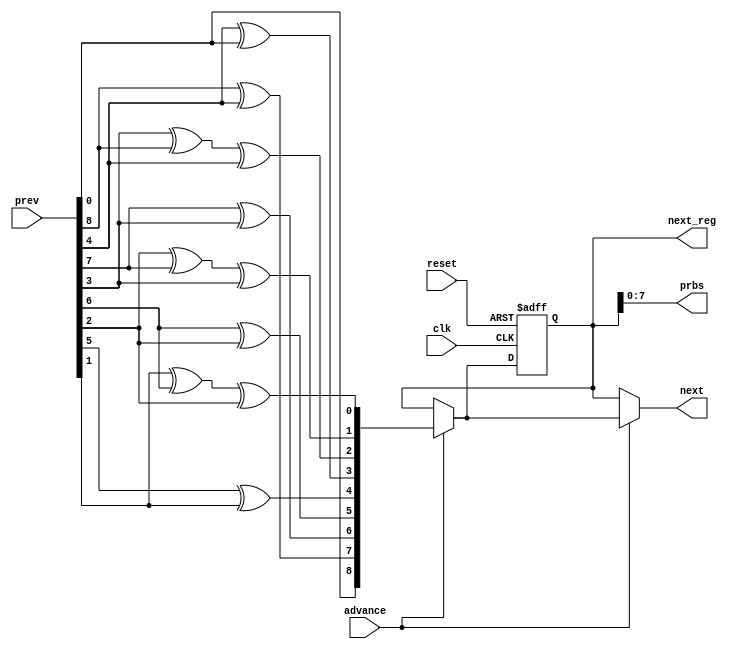
module slink_prbs9(
  input  wire       clk,
  input  wire       reset,
  input  wire       advance,
  input  wire [8:0] prev,
  output wire [8:0] next,
  output wire [8:0] next_reg,
  
  output wire [7:0] prbs
);

reg [8:0]   LFSR;
wire[8:0]   LFSR_in;


always @(posedge clk or posedge reset) begin
  if(reset) begin
    LFSR      <= 9'd0;
  end else begin
    LFSR      <= LFSR_in;
  end
end


assign LFSR_in = advance  ? {prev[0],
                             prev[8] ^ prev[4],
                             prev[7] ^ prev[3],
                             prev[6] ^ prev[2],
                             prev[5] ^ prev[1],
                             prev[4] ^ prev[0],
                             prev[3] ^ prev[8] ^ prev[4],
                             prev[2] ^ prev[7] ^ prev[3],
                             prev[1] ^ prev[6] ^ prev[2]} : LFSR;




assign prbs = LFSR[7:0];

assign next     = advance ? LFSR_in : LFSR;
assign next_reg = LFSR;

endmodule